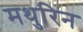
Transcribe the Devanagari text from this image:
मथुरिन